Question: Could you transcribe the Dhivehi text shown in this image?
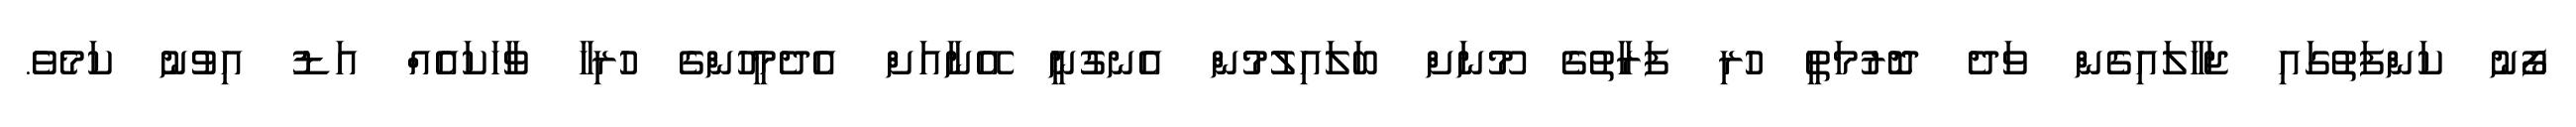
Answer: ފޯނު ކަންފަތުގައި ޖަހާލައިގެން ވަދެ ދޮރުމަތީ ހުރި ފަރާތުގެ މޫނަށް ބަލައިލުމުން އެނގުނީ އޭނާއަށް އެދެމީހުންގެ ހުރިހާ ވާހަކައެއް އަޑު އިވުނު ކަމެވެ.